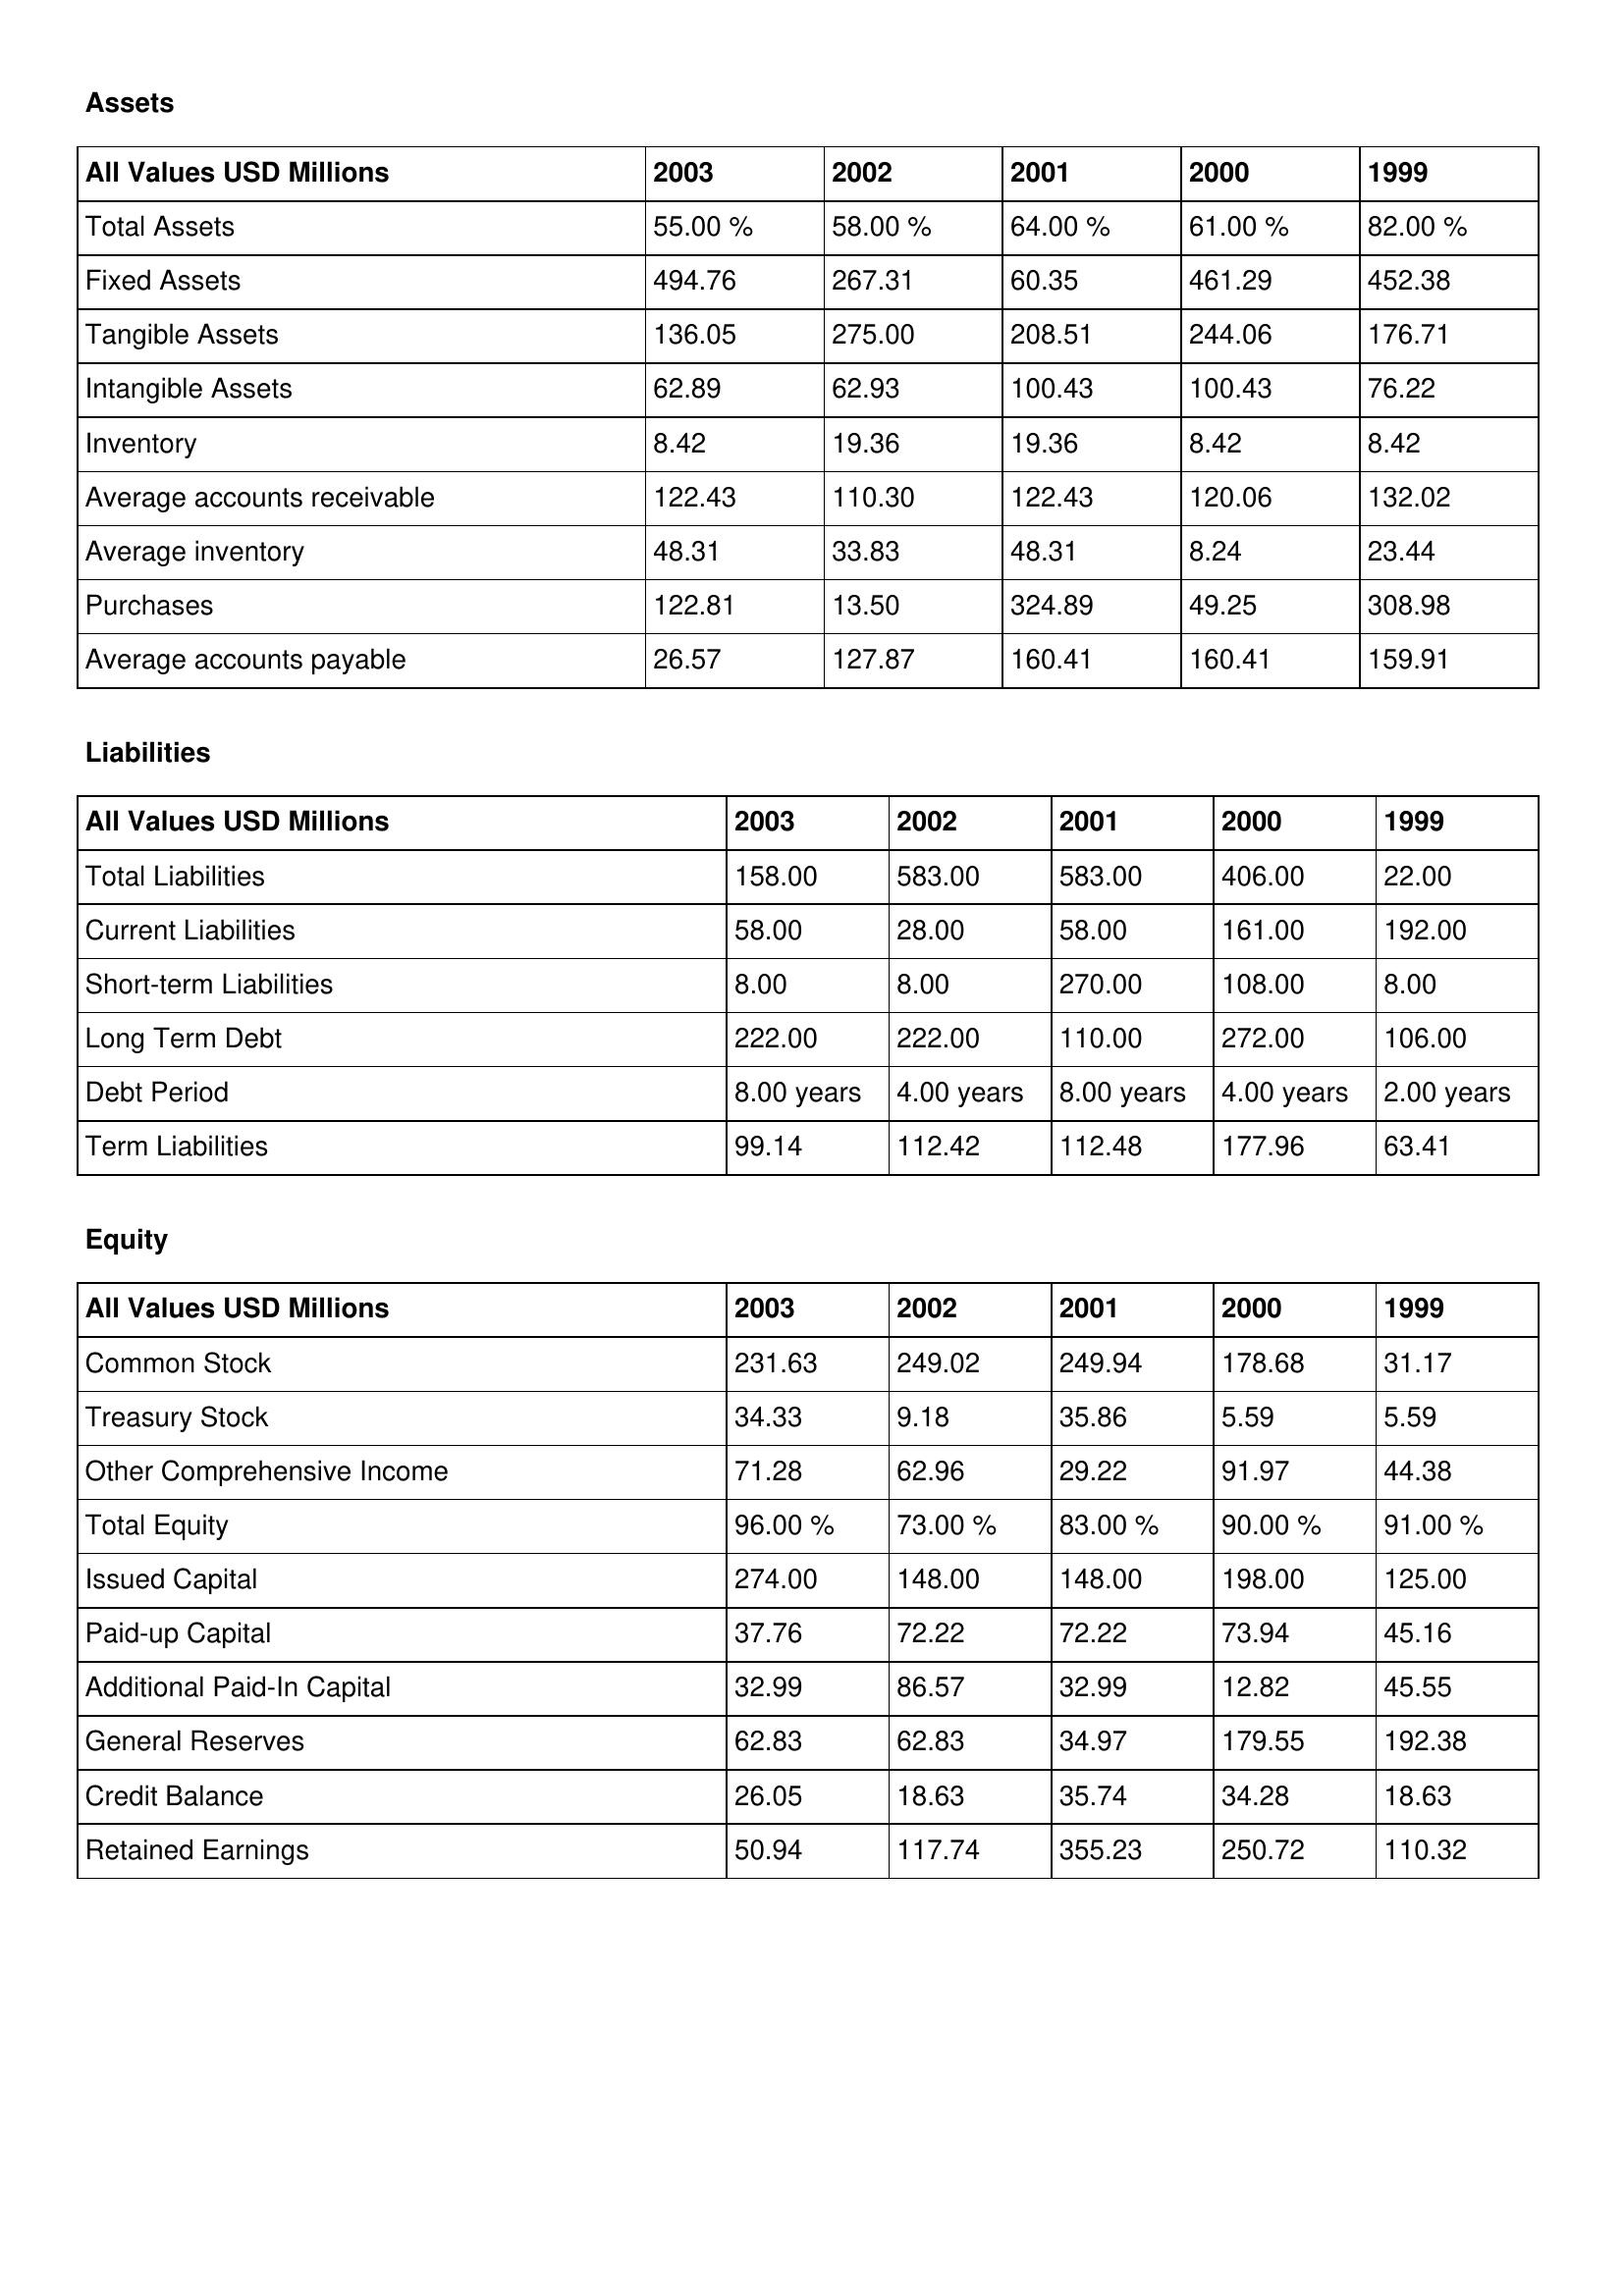
gt_parse: 2003: Assets: Total Assets: 55.00 %
Fixed Assets: 494.76
Tangible Assets: 136.05
Intangible Assets: 62.89
Inventory: 8.42
Average accounts receivable: 122.43
Average inventory: 48.31
Purchases: 122.81
Average accounts payable: 26.57
Liabilities: Total Liabilities: 158.00
Current Liabilities: 58.00
Short-term Liabilities: 8.00
Long Term Debt: 222.00
Debt Period: 8.00 years
Term Liabilities: 99.14
Equity: Common Stock: 231.63
Treasury Stock: 34.33
Other Comprehensive Income: 71.28
Total Equity: 96.00 %
Issued Capital: 274.00
Paid-up Capital: 37.76
Additional Paid-In Capital: 32.99
General Reserves: 62.83
Credit Balance: 26.05
Retained Earnings: 50.94
2002: Assets: Total Assets: 58.00 %
Fixed Assets: 267.31
Tangible Assets: 275.00
Intangible Assets: 62.93
Inventory: 19.36
Average accounts receivable: 110.30
Average inventory: 33.83
Purchases: 13.50
Average accounts payable: 127.87
Liabilities: Total Liabilities: 583.00
Current Liabilities: 28.00
Short-term Liabilities: 8.00
Long Term Debt: 222.00
Debt Period: 4.00 years
Term Liabilities: 112.42
Equity: Common Stock: 249.02
Treasury Stock: 9.18
Other Comprehensive Income: 62.96
Total Equity: 73.00 %
Issued Capital: 148.00
Paid-up Capital: 72.22
Additional Paid-In Capital: 86.57
General Reserves: 62.83
Credit Balance: 18.63
Retained Earnings: 117.74
2001: Assets: Total Assets: 64.00 %
Fixed Assets: 60.35
Tangible Assets: 208.51
Intangible Assets: 100.43
Inventory: 19.36
Average accounts receivable: 122.43
Average inventory: 48.31
Purchases: 324.89
Average accounts payable: 160.41
Liabilities: Total Liabilities: 583.00
Current Liabilities: 58.00
Short-term Liabilities: 270.00
Long Term Debt: 110.00
Debt Period: 8.00 years
Term Liabilities: 112.48
Equity: Common Stock: 249.94
Treasury Stock: 35.86
Other Comprehensive Income: 29.22
Total Equity: 83.00 %
Issued Capital: 148.00
Paid-up Capital: 72.22
Additional Paid-In Capital: 32.99
General Reserves: 34.97
Credit Balance: 35.74
Retained Earnings: 355.23
2000: Assets: Total Assets: 61.00 %
Fixed Assets: 461.29
Tangible Assets: 244.06
Intangible Assets: 100.43
Inventory: 8.42
Average accounts receivable: 120.06
Average inventory: 8.24
Purchases: 49.25
Average accounts payable: 160.41
Liabilities: Total Liabilities: 406.00
Current Liabilities: 161.00
Short-term Liabilities: 108.00
Long Term Debt: 272.00
Debt Period: 4.00 years
Term Liabilities: 177.96
Equity: Common Stock: 178.68
Treasury Stock: 5.59
Other Comprehensive Income: 91.97
Total Equity: 90.00 %
Issued Capital: 198.00
Paid-up Capital: 73.94
Additional Paid-In Capital: 12.82
General Reserves: 179.55
Credit Balance: 34.28
Retained Earnings: 250.72
1999: Assets: Total Assets: 82.00 %
Fixed Assets: 452.38
Tangible Assets: 176.71
Intangible Assets: 76.22
Inventory: 8.42
Average accounts receivable: 132.02
Average inventory: 23.44
Purchases: 308.98
Average accounts payable: 159.91
Liabilities: Total Liabilities: 22.00
Current Liabilities: 192.00
Short-term Liabilities: 8.00
Long Term Debt: 106.00
Debt Period: 2.00 years
Term Liabilities: 63.41
Equity: Common Stock: 31.17
Treasury Stock: 5.59
Other Comprehensive Income: 44.38
Total Equity: 91.00 %
Issued Capital: 125.00
Paid-up Capital: 45.16
Additional Paid-In Capital: 45.55
General Reserves: 192.38
Credit Balance: 18.63
Retained Earnings: 110.32